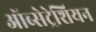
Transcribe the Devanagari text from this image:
ऑब्सेट्रेशियन